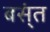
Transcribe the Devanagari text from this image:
बस्ंत